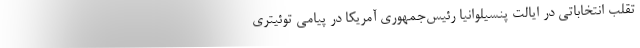
تقلب انتخاباتی در ایالت پنسیلوانیا رئیس‌جمهوری آمریکا در پیامی توئیتری